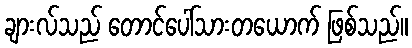
ချားလ်သည် တောင်ပေါ်သားတယောက် ဖြစ်သည်။